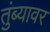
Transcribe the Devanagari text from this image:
तुंब्यावर